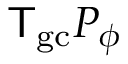
{ \sf T } _ { \mathrm { g c } } P _ { \phi }